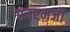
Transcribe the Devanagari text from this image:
एचएमजी